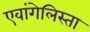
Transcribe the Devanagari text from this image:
एवांगेलिस्ता